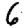
Digit: 6